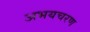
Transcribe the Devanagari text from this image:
अभयचरण